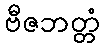
ဗီဇဘတ္တံ